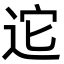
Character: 迱